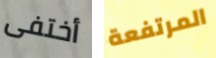
أختفى المرتفعة